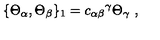
\{ \Theta _ { \alpha } , \Theta _ { \beta } \} _ { 1 } = { c _ { \alpha \beta } } ^ { \gamma } \Theta _ { \gamma } \ ,